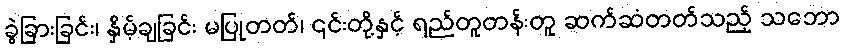
ခွဲခြားခြင်း၊ နှိမ့်ချခြင်း မပြုတတ်၊ ၎င်းတို့နှင့် ရည်တူတန်းတူ ဆက်ဆံတတ်သည့် သဘော